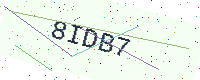
Text: 8IDB7